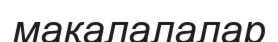
мақалалалар